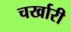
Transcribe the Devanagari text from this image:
चर्खारी